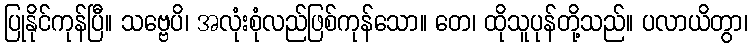
ပြုနိုင်ကုန်ပြီ။ သဗ္ဗေပိ၊ အလုံးစုံလည်ဖြစ်ကုန်သော။ တေ၊ ထိုသူပုန်တို့သည်။ ပလာယိတွာ၊